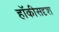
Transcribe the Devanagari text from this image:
हॉकीसदृश